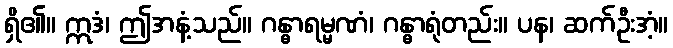
ရှိ၏။ ဣဒံ၊ ဤအနံ့သည်။ ဂန္ဓာရမ္မဏံ၊ ဂန္ဓာရုံတည်း။ ပန၊ ဆက်ဦးအံ့။